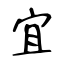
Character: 宜